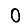
Digit: 0